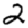
Digit: 2